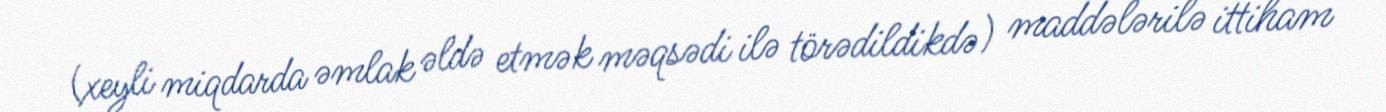
(xeyli miqdarda əmlak əldə etmək məqsədi ilə törədildikdə) maddələrilə ittiham